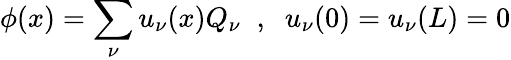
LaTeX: \phi(x)=\sum_{\nu}u_{\nu}(x)Q_{\nu}\; \; ,\; \; u_{\nu}(0)=u_{\nu}(L)=0